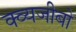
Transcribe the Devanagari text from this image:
क्व्यजीबो